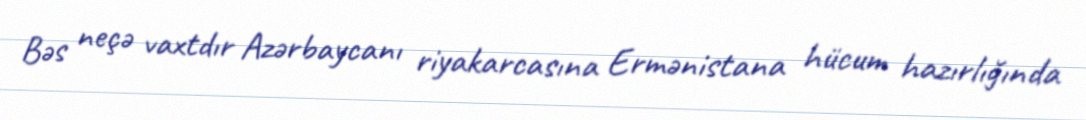
Bəs neçə vaxtdır Azərbaycanı riyakarcasına Ermənistana hücum hazırlığında